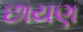
છાયણ